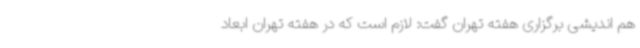
هم اندیشی برگزاری هفته تهران گفت: لازم است که در هفته تهران ابعاد